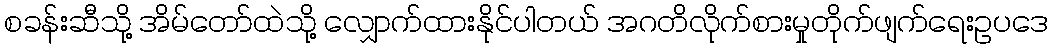
စခန်းဆီသို့ အိမ်တော်ထဲသို့ လျှောက်ထားနိုင်ပါတယ် အဂတိလိုက်စားမှုတိုက်ဖျက်ရေးဥပဒေ